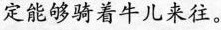
定能够骑着牛儿来往。